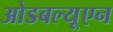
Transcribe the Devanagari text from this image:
ओडबल्यूएन